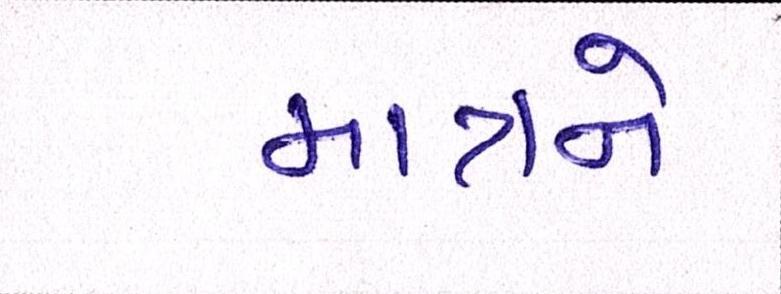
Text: માત્રને